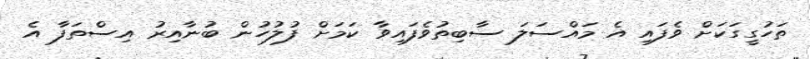
ތަހުގީގަކަށް ވެފައި އެ މައްސަލަ ސާބިތުވެފައިވާ ކަމަށް ފުލުހުން ބުނާއިރު އިސްތަފާ އެ